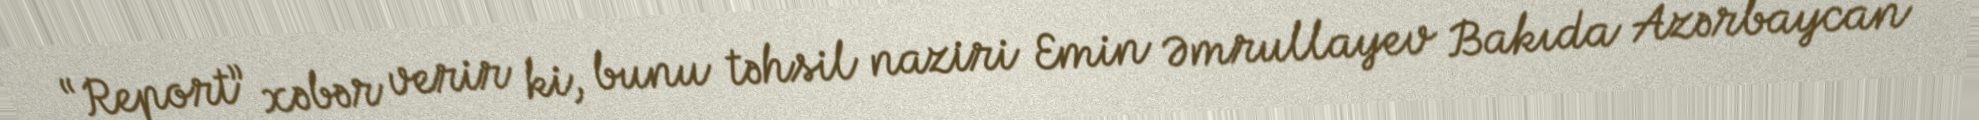
“Report” xəbər verir ki, bunu təhsil naziri Emin Əmrullayev Bakıda Azərbaycan